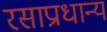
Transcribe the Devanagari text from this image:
रसाप्राधान्य